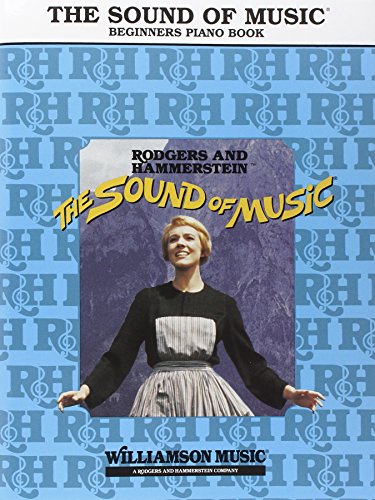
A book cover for The Sound of Music: Beginners Piano Book; Mark Nevin; Humor & Entertainment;